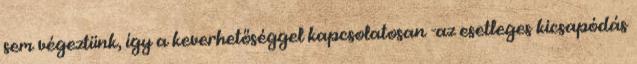
sem végeztünk, így a keverhetőséggel kapcsolatosan -az esetleges kicsapódás